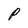
Character: P